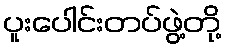
ပူးပေါင်းတပ်ဖွဲ့တို့